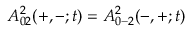
A _ { 0 2 } ^ { 2 } ( + , - ; t ) = A _ { 0 - 2 } ^ { 2 } ( - , + ; t )